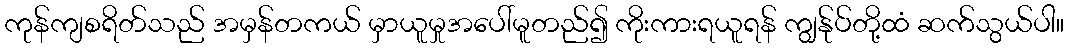
ကုန်ကျစရိတ်သည် အမှန်တကယ် မှာယူမှုအပေါ်မူတည်၍ ကိုးကားရယူရန် ကျွန်ုပ်တို့ထံ ဆက်သွယ်ပါ။